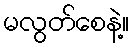
မလွတ်စေနဲ့။